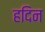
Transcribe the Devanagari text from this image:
हदिन